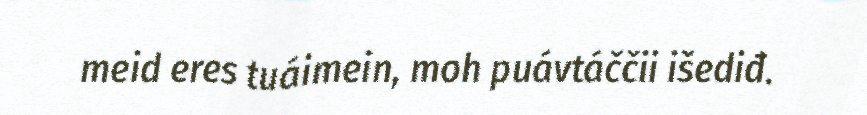
meid eres tuáimein, moh puávtáččii išediđ.